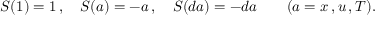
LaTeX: S ( 1 ) = 1 \, , \ \ \ S ( a ) = - a \, , \ \ \ S ( d a ) = - d a \ \ \ \ \ \ ( a = x \, , u \, , T ) .